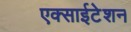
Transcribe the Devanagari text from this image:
एक्साईटेशन